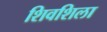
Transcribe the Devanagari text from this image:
शिवशिला